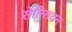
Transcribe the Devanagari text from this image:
सेल्सियन